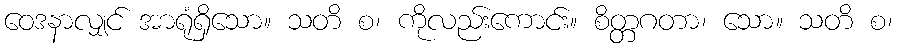
ဝေဒနာလျှင် အာရုံရှိသော။ သတိ စ၊ ကိုလည်းကောင်း။ စိတ္တဂတာ၊ သော။ သတိ စ၊